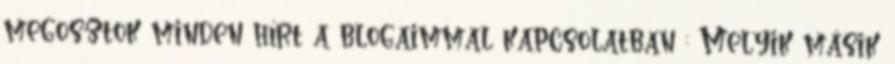
megosztok minden hírt a blogaimmal kapcsolatban : Melyik másik